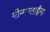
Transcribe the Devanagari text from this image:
मीनलताईंना